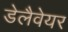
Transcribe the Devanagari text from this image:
डेलैवेयर